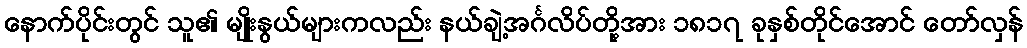
နောက်ပိုင်းတွင် သူ၏ မျိုးနွယ်များကလည်း နယ်ချဲ့အင်္ဂလိပ်တို့အား ၁၈၁၇ ခုနှစ်တိုင်အောင် တော်လှန်